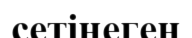
сетінеген